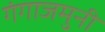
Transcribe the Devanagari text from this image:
गंगाजमुनी